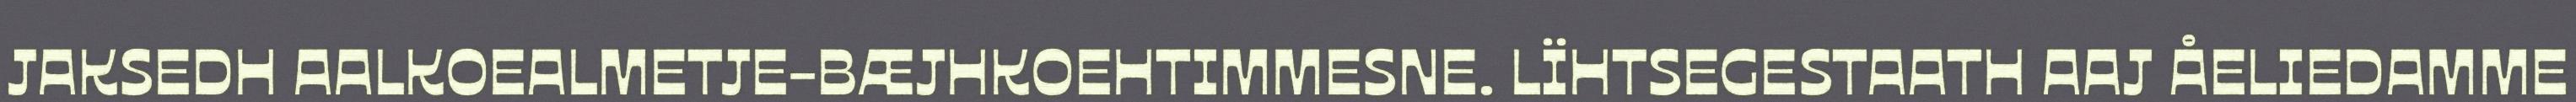
JAKSEDH AALKOEALMETJE-BÆJHKOEHTIMMESNE. LÏHTSEGESTAATH AAJ ÅELIEDAMME